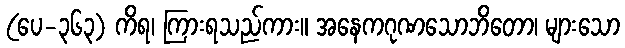
(ပေ-၃၆၃) ကိရ၊ ကြားရသည်ကား။ အနေကဂုဏသောဘိတော၊ များသော